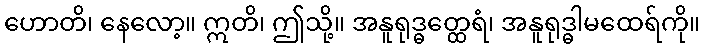
ဟောတိ၊ နေလော့။ ဣတိ၊ ဤသို့။ အနူရုဒ္ဓတ္ထေရံ၊ အနူရုဒ္ဓါမထေရ်ကို။